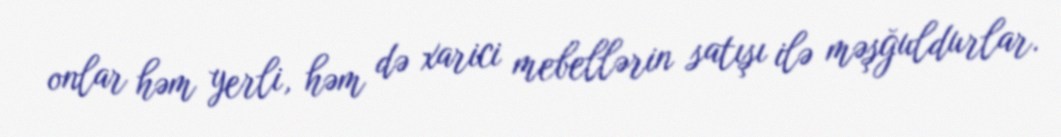
onlar həm yerli, həm də xarici mebellərin satışı ilə məşğuldurlar.